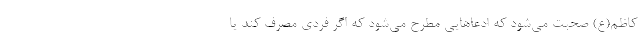
کاظم(ع) صحبت می‌شود که ادعاهایی مطرح می‌شود که اگر فردی مصرف کند یا